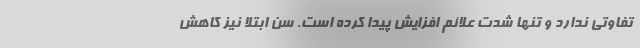
تفاوتی ندارد و تنها شدت علائم افزایش پیدا کرده است. سن ابتلا نیز کاهش